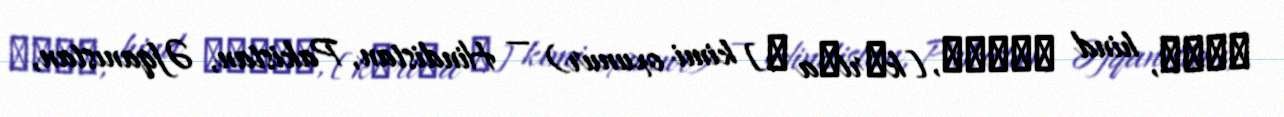
کرتا, hind कुरता, [kʊrt̪a ː] kimi oxunur) — Hindistan, Pakistan, Əfqanıstan,